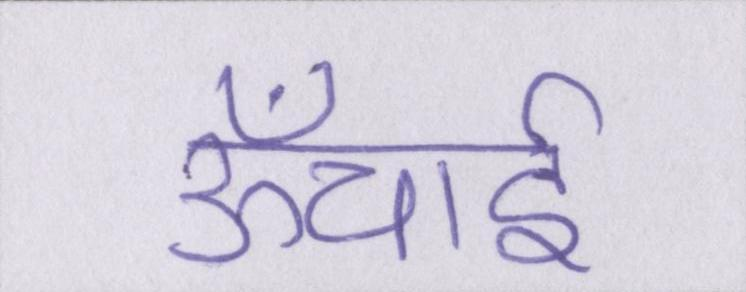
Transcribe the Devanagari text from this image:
ऊँचाई